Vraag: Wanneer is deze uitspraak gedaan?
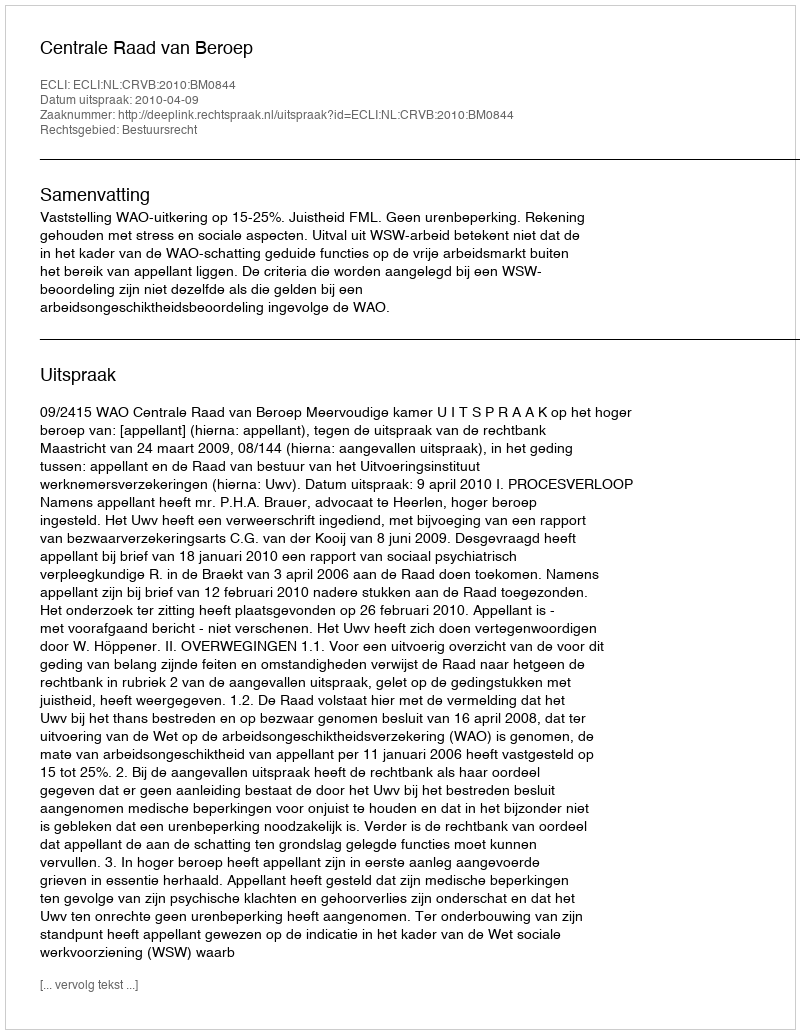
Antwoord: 2010-04-09